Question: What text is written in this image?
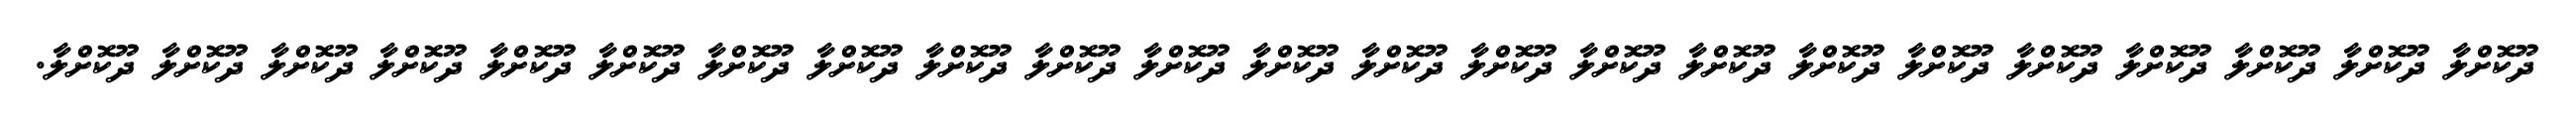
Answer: ދޫކޮށްލާ ދޫކޮށްލާ ދޫކޮށްލާ ދޫކޮށްލާ ދޫކޮށްލާ ދޫކޮށްލާ ދޫކޮށްލާ ދޫކޮށްލާ ދޫކޮށްލާ ދޫކޮށްލާ ދޫކޮށްލާ ދޫކޮށްލާ ދޫކޮށްލާ ދޫކޮށްލާ ދޫކޮށްލާ ދޫކޮށްލާ ދޫކޮށްލާ ދޫކޮށްލާ ދޫކޮށްލާ ދޫކޮށްލާ ދޫކޮށްލާ ދޫކޮށްލާ ދޫކޮށްލާ.